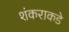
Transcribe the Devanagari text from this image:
शंकराकडे